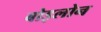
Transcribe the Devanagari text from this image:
बोइलोन